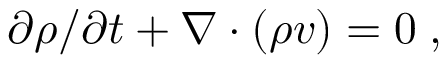
\partial \rho / \partial t + \nabla \cdot ( \rho v ) = 0 \; ,